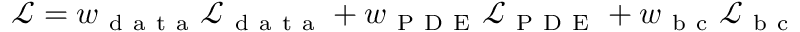
\mathcal { L } = w _ { \mathrm { ~ d ~ a ~ t ~ a ~ } } \mathcal { L } _ { \mathrm { ~ d ~ a ~ t ~ a ~ } } + w _ { \mathrm { ~ P ~ D ~ E ~ } } \mathcal { L } _ { \mathrm { ~ P ~ D ~ E ~ } } + w _ { \mathrm { ~ b ~ c ~ } } \mathcal { L } _ { \mathrm { ~ b ~ c ~ } }